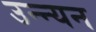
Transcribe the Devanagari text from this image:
उन्न्यन